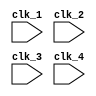
module multirate_timer (
    input wire clk_1,
    input wire clk_2,
    input wire clk_3,
    input wire clk_4,
    // Add more clock inputs as needed
  
    // Declare output signals here
  
);

// Synchronization logic to harmonize different clock signals
always @(posedge clk_1 or posedge clk_2 or posedge clk_3 or posedge clk_4)
begin
    // Add logic here to synchronize the different clock signals
end

// Timer logic for each clock domain
always @(posedge clk_1)
begin
    // Add logic here for timer controlled by clk_1
end

always @(posedge clk_2)
begin
    // Add logic here for timer controlled by clk_2
end

always @(posedge clk_3)
begin
    // Add logic here for timer controlled by clk_3
end

always @(posedge clk_4)
begin
    // Add logic here for timer controlled by clk_4
end

// Error detection and correction mechanisms
// Add logic here for error detection and correction

endmodule